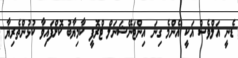
ޑެނީ އަލްވެސް އަކީ އެންމެ ގިނަ އިންޓަނޭޝަނަލް ޓްރޮފީ ކާމިޔާބު ކޮށްފައިވާ ކުޅުންތެރިޔާ